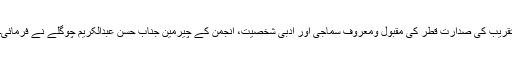
تقریب کی صدارت قطر کی مقبول ومعروف سماجی اور ادبی شخصیت، انجمن کے چیرمین جناب حسن عبدالکریم چوگلے نے فرمائی۔